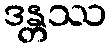
ဒန္တဿ